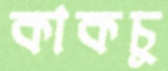
কাকচু